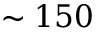
\sim 1 5 0